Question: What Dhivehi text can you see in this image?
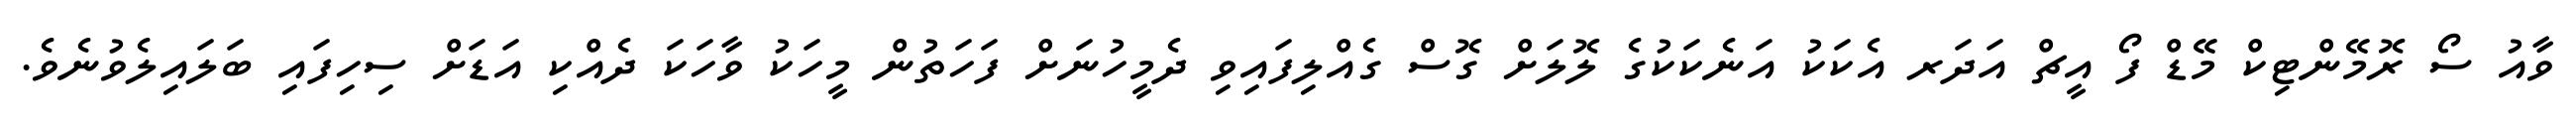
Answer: ވާއު ސޯ ރޮމޭންޓިކް މޭޑް ފޯ އީޗް އަދަރ އެކަކު އަނެކަކުގެ ލޮލަށް ގޮސް ގެއްލިފައިވި ދެމީހުނަށް ފަހަތުން މީހަކު ވާހަކަ ދެއްކި އަޑަށް ސިހިފައި ބަލައިލެވުނެވެ.